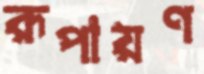
রূপায়ণ